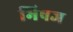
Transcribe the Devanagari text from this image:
भिषज